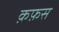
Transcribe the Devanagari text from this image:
क़फ़स